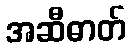
အဆီဓာတ်